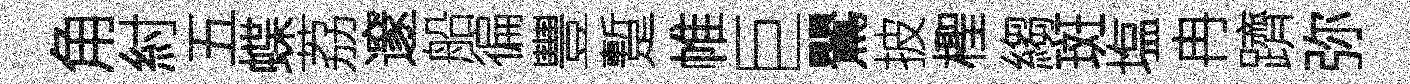
角紂五蝶荔邃船徧豐蹔帷巨鸎披檉縐斑塩冉躋弥